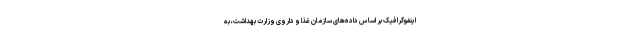
اینفوگرافیک بر اساس داده‌های سازمان غذا و داروی وزارت بهداشت، به